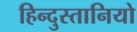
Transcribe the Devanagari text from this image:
हिन्दुस्तानियो